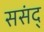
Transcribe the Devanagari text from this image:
ससंद्